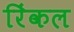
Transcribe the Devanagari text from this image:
रिंकल